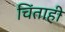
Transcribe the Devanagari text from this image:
चिंताही